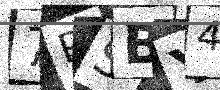
Text: 7PSBY4